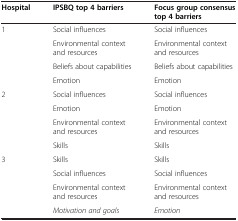
| Hospital | IPSBQ top 4 barriers | Focus group consensus top 4 barriers |
 | --- | --- | --- |
 | <ROWSPAN=4> 1 | Social influences | Social influences |
 | Environmental context and resources | Environmental context and resources |
 | Beliefs about capabilities | Beliefs about capabilities |
 | Emotion | Emotion |
 | <ROWSPAN=4> 2 | Social influences | Social influences |
 | Emotion | Emotion |
 | Environmental context and resources | Environmental context and resources |
 | Skills | Skills |
 | <ROWSPAN=3> 3 | Skills | Skills |
 | Social influences | Social influences |
 | Environmental context and resources | Environmental context and resources |
 |  | Motivation and goals | Emotion |